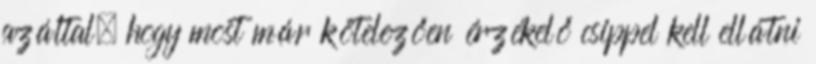
azáltal, hogy most már kötelezően érzékelő csippel kell ellátni